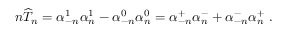
n \widehat T _ { n } = \alpha _ { - n } ^ { 1 } \alpha _ { n } ^ { 1 } - \alpha _ { - n } ^ { 0 } \alpha _ { n } ^ { 0 } = \alpha _ { - n } ^ { + } \alpha _ { n } ^ { - } + \alpha _ { - n } ^ { - } \alpha _ { n } ^ { + } \ .